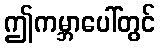
ဤကမ္ဘာပေါ်တွင်